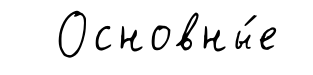
Основны́е